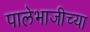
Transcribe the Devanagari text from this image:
पालेभाजीच्या